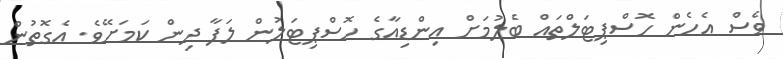
ވެސް އެހެން ހޮސްޕިޓަލްތައް ބެލުމަށް އިންޑިއާގެ ހޮސްޕިޓަލުން ލަފާ ދިން ކަމަށޭވެ. އެގޮތުން